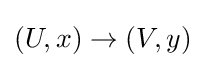
(U,x)\to (V,y)